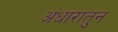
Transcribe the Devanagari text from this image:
अंधारातुन